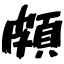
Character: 頗